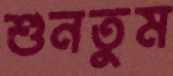
শুনতুম